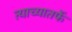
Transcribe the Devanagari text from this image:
त्याच्यातर्फे